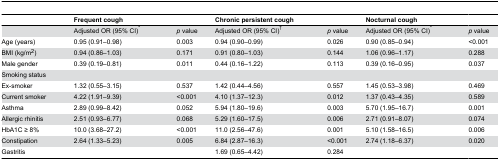
<table><thead><tr><td></td><td><b>Frequent cough</b></td><td></td><td><b>Chronic persistent cough</b></td><td></td><td><b>Nocturnal cough</b></td><td></td></tr></thead><tbody><tr><td></td><td>Adjusted OR (95% CI)<sup>*</sup></td><td><i>p</i> value</td><td>Adjusted OR (95% CI)<sup>†</sup></td><td><i>p</i> value</td><td>Adjusted OR (95% CI)<sup>*</sup></td><td><i>p</i> value</td></tr><tr><td>Age (years)</td><td>0.95 (0.91–0.98)</td><td>0.003</td><td>0.94 (0.90–0.99)</td><td>0.026</td><td>0.90 (0.85–0.94)</td><td>&lt;0.001</td></tr><tr><td>BMI (kg/m<sup>2</sup>)</td><td>0.94 (0.86–1.03)</td><td>0.171</td><td>0.91 (0.80–1.03)</td><td>0.144</td><td>1.06 (0.96–1.17)</td><td>0.288</td></tr><tr><td>Male gender</td><td>0.39 (0.19–0.81)</td><td>0.011</td><td>0.44 (0.16–1.22)</td><td>0.113</td><td>0.39 (0.16–0.95)</td><td>0.037</td></tr><tr><td>Smoking status</td><td></td><td></td><td></td><td></td><td></td><td></td></tr><tr><td>Ex-smoker</td><td>1.32 (0.55–3.15)</td><td>0.537</td><td>1.42 (0.44–4.56)</td><td>0.557</td><td>1.45 (0.53–3.98)</td><td>0.469</td></tr><tr><td>Current smoker</td><td>4.22 (1.91–9.39)</td><td>&lt;0.001</td><td>4.10 (1.37–12.3)</td><td>0.012</td><td>1.37 (0.43–4.35)</td><td>0.589</td></tr><tr><td>Asthma</td><td>2.89 (0.99–8.42)</td><td>0.052</td><td>5.94 (1.80–19.6)</td><td>0.003</td><td>5.70 (1.95–16.7)</td><td>0.001</td></tr><tr><td>Allergic rhinitis </td><td>2.51 (0.93–6.77)</td><td>0.068</td><td>5.29 (1.60–17.5)</td><td>0.006</td><td>2.71 (0.91–8.07)</td><td>0.074</td></tr><tr><td>HbA1C ≥ 8%</td><td>10.0 (3.68–27.2)</td><td>&lt;0.001</td><td>11.0 (2.56–47.6)</td><td>0.001</td><td>5.10 (1.58–16.5)</td><td>0.006</td></tr><tr><td>Constipation</td><td>2.64 (1.33–5.23)</td><td>0.005</td><td>6.84 (2.87–16.3)</td><td>&lt;0.001</td><td>2.74 (1.18–6.37)</td><td>0.020</td></tr><tr><td>Gastritis</td><td></td><td></td><td>1.69 (0.65–4.42)</td><td>0.284</td><td></td><td></td></tr></tbody></table>